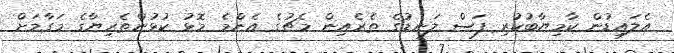
އެލައިޑުން ކާމިޔާބުކުރި ފަސް ލަނޑުގެ ތެރެއިން މެޗުގެ އެންމެ މޮޅު ކުޅުންތެރިޔާގެ މަގާމަށް